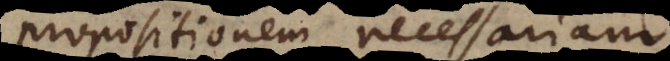
propositionem necessariam